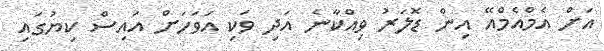
އަށް އެމްއެމްއޭ އިން ޑޮލަރު ވިއްކާނެ އަދި ވަކި އަވަހަށް އައިސް ކިޔުގައި